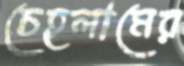
চেহলামের